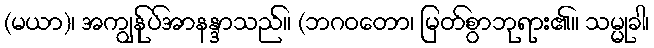
(မယာ)၊ အကျွန်ုပ်အာနန္ဒာသည်။ (ဘဂဝတော၊ မြတ်စွာဘုရား၏။ သမ္မုခါ၊